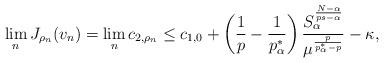
LaTeX: \begin{align*}\lim_{n} J_{\rho_n}(v_n)=\lim_{n}c_{2, \rho_n}\leq c_{1, 0}+\left(\frac 1 p -\frac{1}{p^*_\alpha}\right)\frac{S_\alpha^{\frac{N-\alpha}{ps-\alpha}}}{\mu^{\frac{p}{p^*_\alpha-p}}}-\kappa,\end{align*}